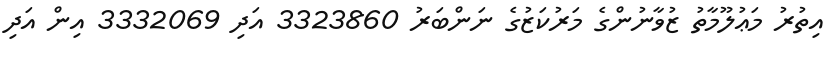
އިތުރު މަޢުލޫމާތު ޒުވާނުންގެ މަރުކަޒުގެ ނަންބަރު 3323860 އަދި 3332069 އިން އަދި